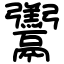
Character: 𩱧